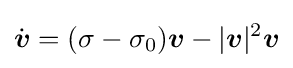
{\dot {\boldsymbol {v}}}=(\sigma -\sigma _{0}){\boldsymbol {v}}-|{\boldsymbol {v}}|^{2}{\boldsymbol {v}}